Vaccination in Bombay 1869-1873 - 1869-1873
Year: 1869
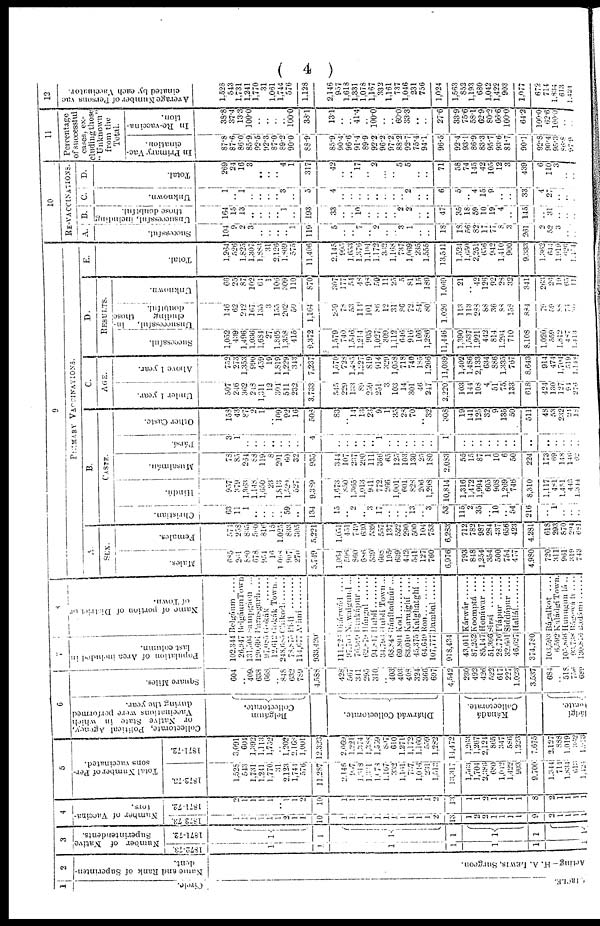
( 4 )
1
Circle.
CIRCLE.
2
Name and Rank of Superinten-
dent.
Acting— H. A. LEWIS, Surgeon.
3
Number of Native
Superintendents.
1872-73
1
1
1
1
1
1
1
1871-72
1
1
1
1
1
1
1
4
Number of Vaccina¬
tors.
1872-73
1
1
1
1
1
1
2
1
1
10
1
1
1
1
1
1
1
1
1
1
1
2
13
1
2
2
1
1
1
1
9
2
1
1 1
1
1871-72
2
1
1
1
1
..
1
1
2
10
1
1
1
1
I
1
1
1
1
1
1
2
13
1
1
2
1
1
]
1
8
2
1
1
1
1
5
Total Number of Per-
sons vaccinated.
1872-73
1,528
543
1,731
1,241
1,770
31
2,123
1,741
576
11,287
2,146
957
1,618
1,331
1,178
1,167
332
1,161
737
1,046
231
1,513
13,317
1,563
1,704
2,386
680
1,012
1,422
903
9,700
1,344
714
1,834
613
1,424
1871-72
3 091
604
1,392
1,113
1,752
..
1,202
2,168
1,001
12,323
2,069
1,221
1,374
1,388
1,559
807
610
1,271
1,172
1,160
559
1,282
14,472
1,203
1,267
2,124
865 347
586
1,223
7,675
2,127
888
1,019
332
1,913
6
Collectorate, Political Agency,
or Native State in which
Vaccinations were performed
during the year.
Belgáum
Collectorate.
Dhárwád Collectorate.
Kánadá
Collectorate.
ládgí
torate.
Square Miles.
604
..
409
638
668
.. 848
632
789
4,588
428
507
341
295
310
..
403
403
403
324
366
697
4,542
230
492
426
522
617
227
1,023
3,537
684
.. 518
756
689
7
Population of Area included in
last column.
102,344
20,947
131,506
120,691
97,085
12,612
248,085
78,875
114,677
933,420
111,728
97,705
76,999
62,879
94,817
34,795
68,848
69,801
83,010
45,375
64,649
107,777
918,434
43,011
87,252
85,147
51,366
28,776
32,601
46,027
374,780
103,593
6,592
105,866
93,738
130,816
8
Name of portion of District or
of Town.
Belgáum
....
Belgáum
Town
Sampgáon
..
Parasgarh....
Gokák
Gokák
Town..
Chikodi ......
Bíalí ...........
Athní
Dhárwád
....
Náwalgund ...
Bankápur....
Hángal
Hublí
Hublí Town...
Ráníbadnúr ...
Kod
Karajghí
....
Kalghatghí ..
Ron
Dambal
Kárwár
Koomptá
....
Honáwar
....
Sirsí
I'lápur
Siddápur
....
Haliál
Bágalkot
....
Kaládgí Town.
Hunuguntá ..
Bágewáti ....
Badámi
9
PRIMARY
VACCINATIONS.
A.
SEX.
Males.
685
261
880
678
951
16
1,095
907
270
5,749
1,064
506
860
686
539
608
195
639
442
541
127
760
6,976
793
848
1,254
354
500
754
477
4,980
720
311
961
319
743
Females.
574
258
835
560
816
15
1,025
833
305
5,221
1,051
451
749
630
539
557
137
522
290
500
104
753
6,283
712
782
987
284
437
656
423
4,231
618
293
870
294
681
B.
CASTE.
Christian.
63
11
1
..
..
..
59
..
134
15
..
2
..
3
17
..
..
..
13
..
3
53 115
2
35
..
10
.. 54
216
..
1
..
..
..
Hindú.
957
379
1,363
1,148
1,650
23
1,813
1,529
527
9,389
1,073
850
1,363
1,013
941
772
266
1,001
601
828
206
1,298
10,814
1,316
1,472
1,994
605
908
1,269
746
8,310
1,117
481
1,451
443
1,314
Musalmán.
7'
73
85
264
88
119
8
201
69
32
935
344
107
237
290
111
366
65
125
103
130
25
180
2,083
55
15
87
1
10
6
50
224
173
69
148
146
62
Pársí.
3
1
..
..
..
..
..
..
..
4
..
..
..
..
..
1
..
..
..
..
..
..
1
..
..
..
..
..
..
..
..
..
..
..
..
..
Other Caste.
153
43
87
2
1
..
109
92
16
508
83
..
14
13
23
9
1
35
28 70
..
32
308
19
141
125
32
9
135
50
511
48
53
232
24
18
C.
AGE.
Under 1 year.
507
246
302
218
1,311
12
304
511
232
3,733
545
229
133
89
259
251
3
103
14
301
40
247
2,220
103
144
108
4
51
75
133
618
424
130
127
94
276
Above 1 year.
752
273
1,353
990
459
19
1,819
1,229
343
7,237
1,570
728
1,485
1,227
819
914
329
1,058
718
740
185
1,266
11,039
1,402
1,486
2,133
634
886
1,335
767
8,643
914
474
1,704
519
1,148
D.
RESULTS.
Successful.
1,052
439
1,496
1,036
1,631
27
1,865
1,358
415
9,372
1,579
740
1,546
1,214
905
1,027
309
1,112
646
916
166
1,286
11,446
1,390
1,537
1,921
442
814
1,294
710
8,108
1,020
559
1,812
487
1,423
Unsuccessful, in¬
cluding
those
doubtful.
146
62
242
167
135
3
155
202
50
1,164
259
78
53
111
101
86
12
31
86
72
54
80
1,026
113
113
288
88
36
88
158
884
79
59
88
74
30
Unknown.
66
25
87
102
64
1
106
309
110
870
307
177
54
48
98
56
11
25
5
81
15
189
1,069
21
..
42
126
92
28
32
341
263
26
19
65
11
E.
Total.
1,264
520
1,825
1,307
1,883
31
2,126
1,869
575
11,406
2,145
995
1,653
1,376
1,104
1,472
332
1,168
737
1,069
235
1,555
13,541
1,524
1,650
2,251
656
942
1,410
900
9,333
1,362
644
1,919
626
1,174
10
RE-VACCINATIONS
A.
Successful.
104
9
2
3
..
..
..
..
1
119
5
..
..
7
.. 2
..
..
3
1
..
..
18
18
56
82
17
77
8
3
261
2
52
3
..
..
B.
Unsuccessful, including
those doubtful.
164
15
13
..
..
..
..
1
..
193
33
..
..
10
..
..
..
..
2
2
..
..
47
35
18
59
10
19
4
..
145
..
31
..
..
..
C.
Unknown.
1
..
1
..
..
..
..
3
..
5
4
..
..
..
..
..
..
..
..
2
..
..
6
5
.. 4
15
9
..
..
33
4
27
..
..
..
D.
Total.
269
24
16
3
..
..
..
4
1
317
42
..
..
17
..
2
..
..
5
5
..
..
71
58
74
145
42
105
12
3
439
6
110
3
..
..
11
Percentage
of successful
cases, ex¬
cluding those
" Unknown"
from the
Total.
In Primary Vac-
cination.
87.8
87.6
80.0
85.9
92.5
92.3
87.0
89.2
90.0
88.9
85.9
90.4
96.6
91.4
89.9
92.2
96.2
97.2
88.2
92.7
75.4
94.1
96.5
92.4
93.1
86.9
83.3
95.7
93.6
81.7
90.1
92.8
90.4
95.3
86.8
97.9
In Re-vaccina¬
tion.
38.8
37.4
13.3
100.0
..
..
..
..
100.0
38.1
13.1
..
..
41.4
..
100.0
..
..
60.0
33.3
..
..
27.6
33.9
75.6
58.1
62.9
80.2
66.6
100.0
64.2
100.0
62.6
100.0
..
..
12
Average Number of Persons vac¬
cinated by each Vaccinator.
1,528
543
1,731
1,241
1,770
31
1,061
1,744
576
1,128
2,146
957
1,613
1,331
1,078
1,167
332
1,161
737
1,046
231
756
1,024
1,563
852
1,193
680
1,042
1,422
903
1,077
672
714
1,834
613
1,424